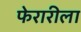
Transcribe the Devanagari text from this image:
फेरारीला